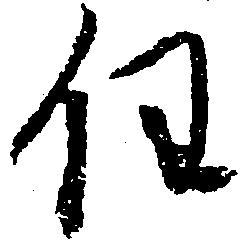
任